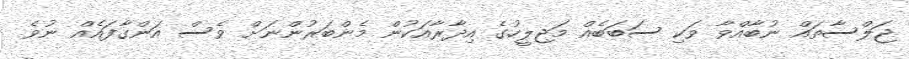
ޖަލްސާތައް ނުބާއްވާ ވަކި ސަބަބެއް މަޖިލީހުގެ އިދާރާއަކުން މެންބަރުންނަށް ވެސް އަންގާފައެއް ނުވެ